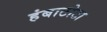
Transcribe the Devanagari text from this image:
हंबाटोटा